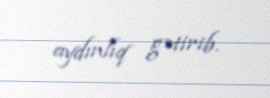
aydınlıq gətirib.